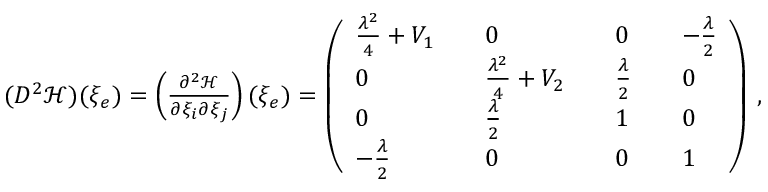
\begin{array} { r } { ( D ^ { 2 } { \mathcal { H } } ) ( \xi _ { e } ) = \left( \frac { \partial ^ { 2 } { \mathcal { H } } } { \partial \xi _ { i } \partial \xi _ { j } } \right) ( \xi _ { e } ) = \left( \begin{array} { l l l l l l l } { \frac { \lambda ^ { 2 } } { 4 } + V _ { 1 } } & { } & { 0 } & { } & { 0 } & { } & { - \frac { \lambda } { 2 } } \\ { 0 } & { } & { \frac { \lambda ^ { 2 } } { 4 } + V _ { 2 } } & { } & { \frac { \lambda } { 2 } } & { } & { 0 } \\ { 0 } & { } & { \frac { \lambda } { 2 } } & { } & { 1 } & { } & { 0 } \\ { - \frac { \lambda } { 2 } } & { } & { 0 } & { } & { 0 } & { } & { 1 } \end{array} \right) \, , } \end{array}